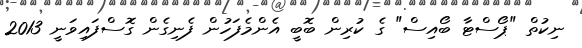
ނިކުތް "ޕޯސްޓާ ބޯއިސް" ގެ ކުރިން ބޮބީ އެންމެފަހުން ފެނިގެން ގޮސްފައިވަނީ 2013